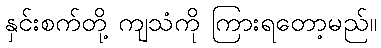
နှင်းစက်တို့ ကျသံကို ကြားရတော့မည်။